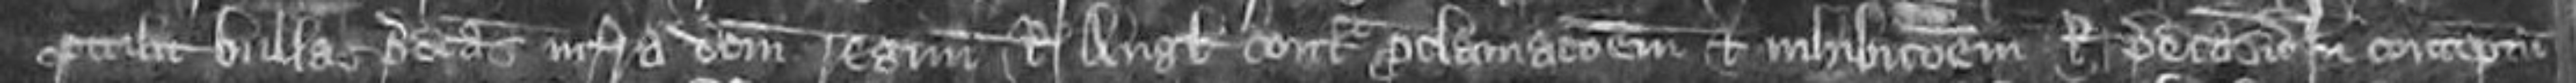
optulit bullas predictas infra domini regnum Regis Anglie contra proclamationem et inhibitionem Regis in contemptum